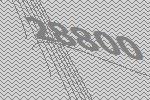
28800